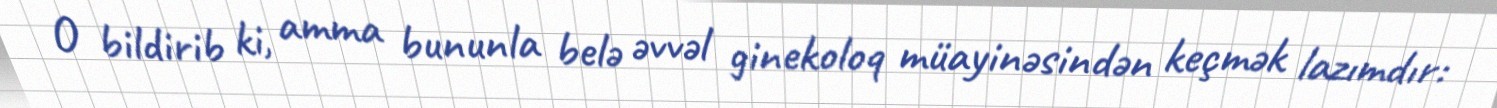
O bildirib ki, amma bununla belə əvvəl ginekoloq müayinəsindən keçmək lazımdır: